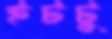
ইটটু